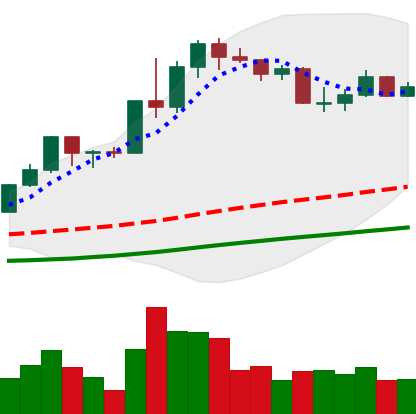
Ticker: LINK-USD
Chart end date: 2020-07-25
Forward return: -3.145%
Label: down_3_5